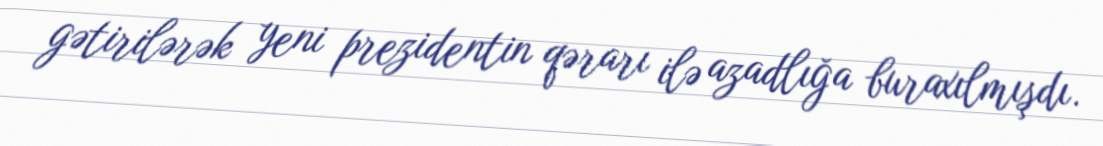
gətirilərək yeni prezidentin qərarı ilə azadlığa buraxılmışdı.